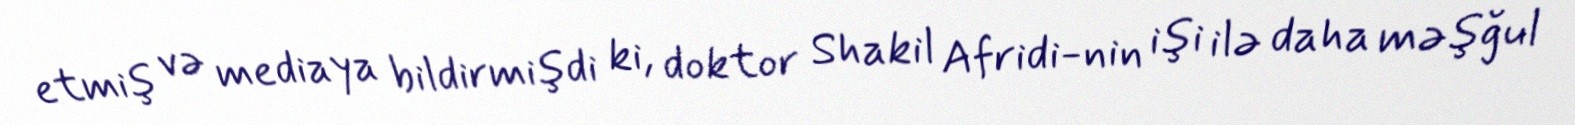
etmiş və mediaya bildirmişdi ki, doktor Shakil Afridi-nin işi ilə daha məşğul